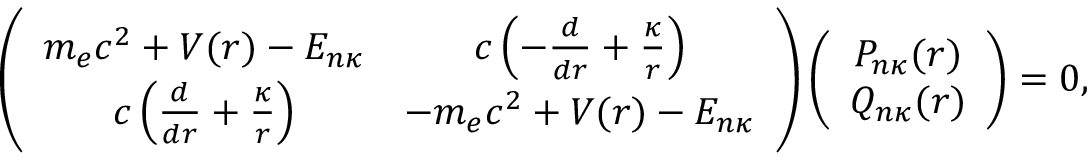
\left( \begin{array} { c c } { m _ { e } c ^ { 2 } + V ( r ) - E _ { n \kappa } } & { c \left( - \frac { d } { d r } + \frac { \kappa } { r } \right) } \\ { c \left( \frac { d } { d r } + \frac { \kappa } { r } \right) } & { - m _ { e } c ^ { 2 } + V ( r ) - E _ { n \kappa } } \end{array} \right) \left( \begin{array} { c c } { P _ { n \kappa } ( r ) } \\ { Q _ { n \kappa } ( r ) } \end{array} \right) = 0 ,